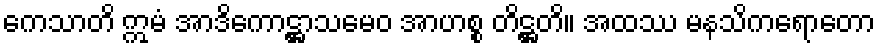
ကေသာတိ ဣမံ အာဒိကောဋ္ဌာသမေဝ အာဟစ္စ တိဋ္ဌတိ။ အထဿ မနသိကရောတော